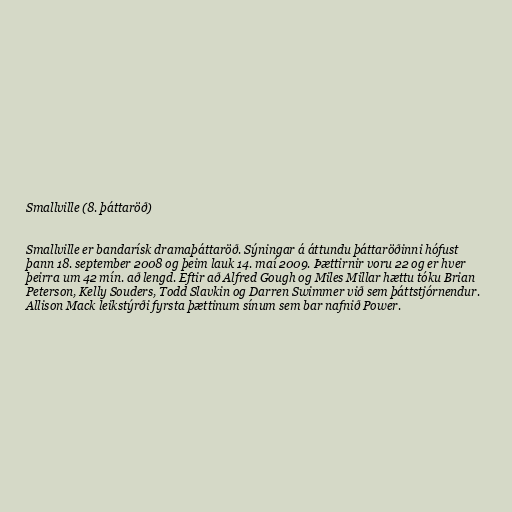
Smallville (8. þáttaröð)

Smallville er bandarísk dramaþáttaröð. Sýningar á áttundu þáttaröðinni hófust
þann 18. september 2008 og þeim lauk 14. maí 2009. Þættirnir voru 22 og er hver
þeirra um 42 mín. að lengd. Eftir að Alfred Gough og Miles Millar hættu tóku Brian
Peterson, Kelly Souders, Todd Slavkin og Darren Swimmer við sem þáttstjórnendur.
Allison Mack leikstýrði fyrsta þættinum sínum sem bar nafnið Power.